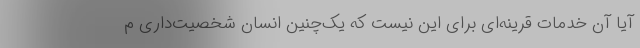
آیا آن خدمات قرینه‌ای برای این نیست که یک‌چنین انسان شخصیت‌داری م